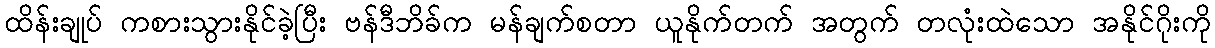
ထိန်းချုပ် ကစားသွားနိုင်ခဲ့ပြီး ဗန်ဒီဘိခ်က မန်ချက်စတာ ယူနိုက်တက် အတွက် တလုံးထဲသော အနိုင်ဂိုးကို